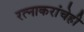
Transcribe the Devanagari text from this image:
रत्‍नाकरांचेही